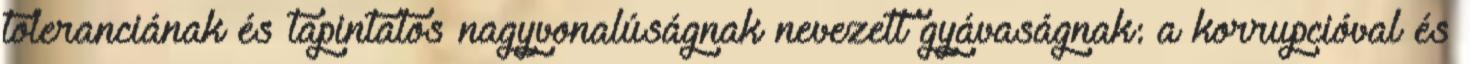
toleranciának és tapintatos nagyvonalúságnak nevezett gyávaságnak: a korrupcióval és